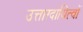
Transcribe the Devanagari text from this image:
उत्तारदायित्वों